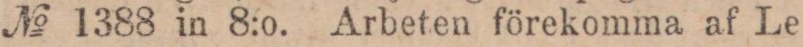
№ 1388 in 8:o. Arbeten förekomma af Le